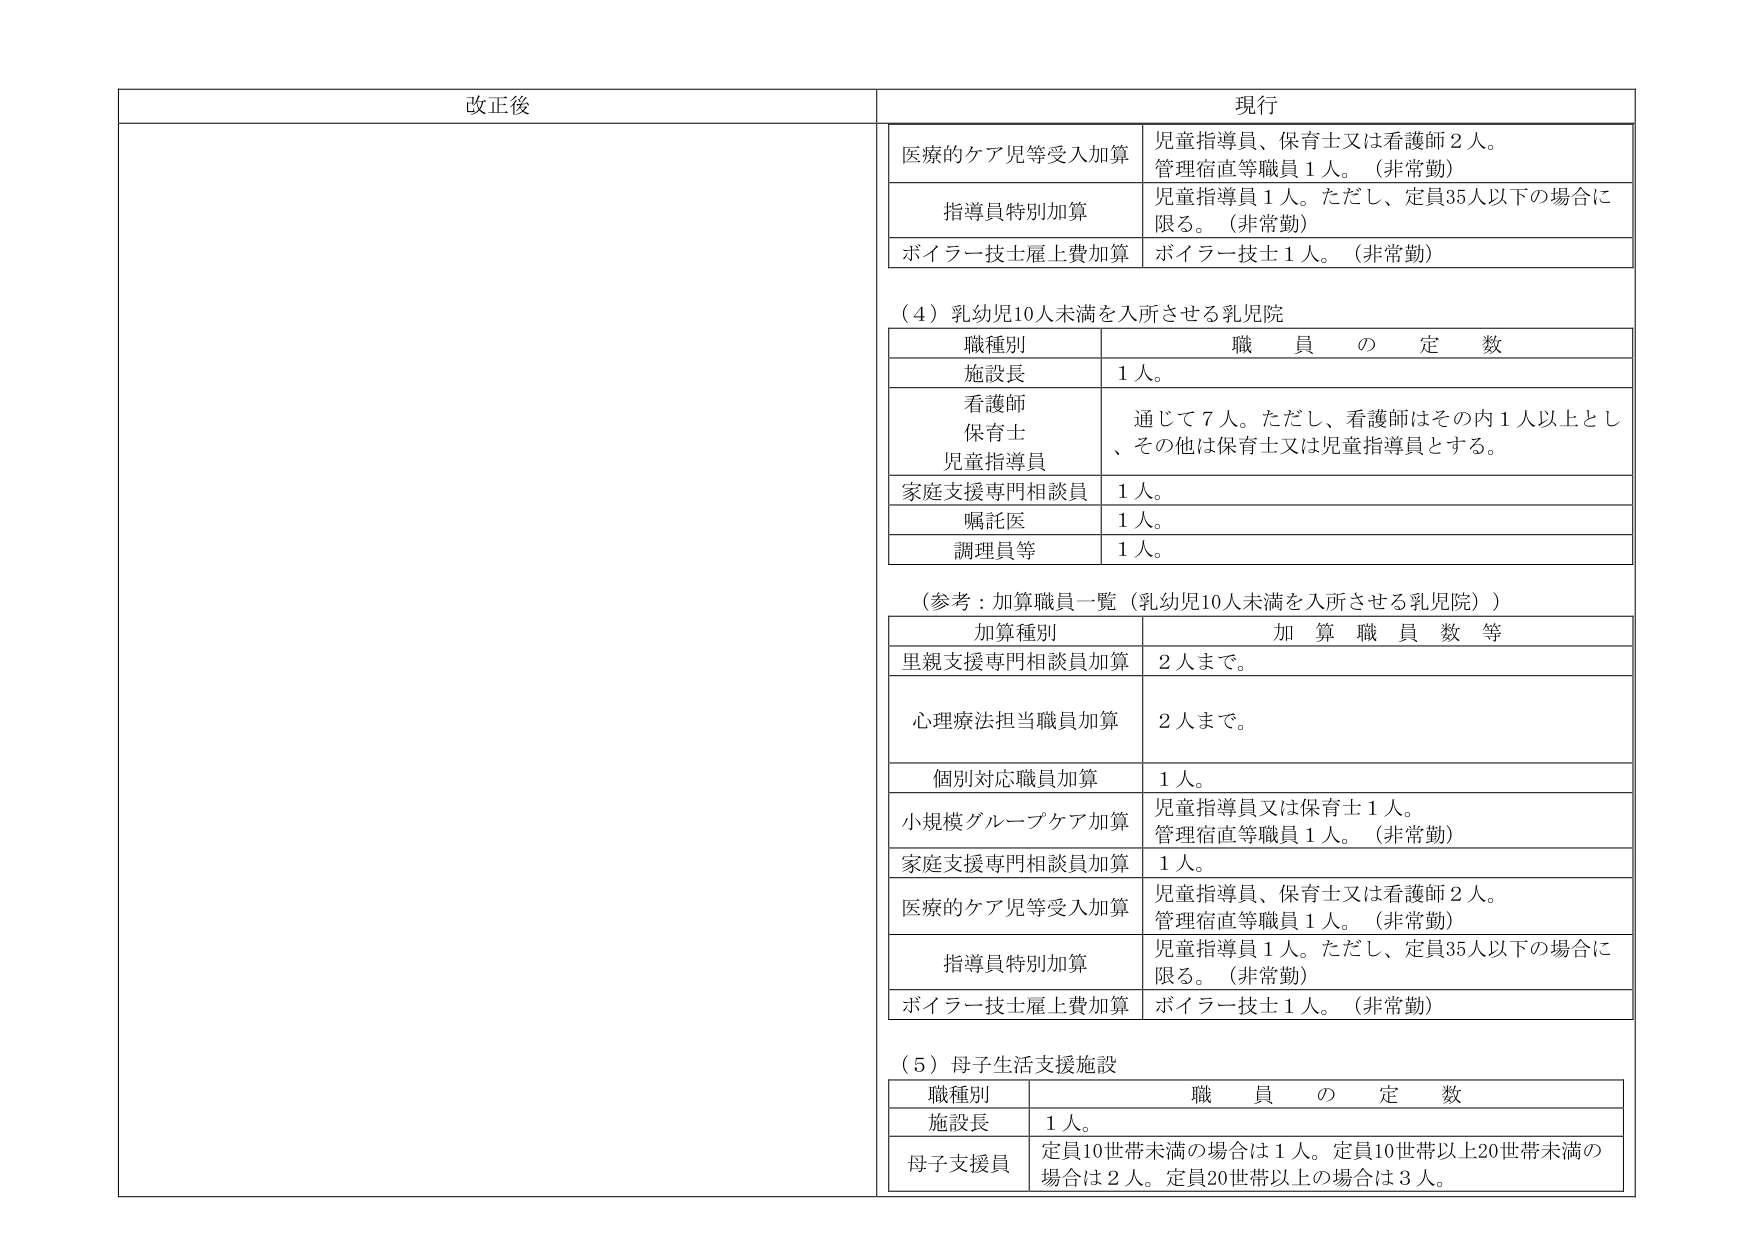
改正後

現行

医療的ケア児等受入加算　児童指導員、保育士又は看護師２人。管理宿直等職員１人。（非常勤）

指導員特別加算　児童指導員１人。ただし、定員35人以下の場合に限る。（非常勤）

ボイラー技士雇上費加算　ボイラー技士１人。（非常勤）

（４）乳幼児10人未満を入所させる乳児院

職種別　職員の定数

施設長　１人。

看護師
保育士
児童指導員　通じて７人。ただし、看護師はその内１人以上とし、その他は保育士又は児童指導員とする。

家庭支援専門相談員　１人。

嘱託医　１人。

調理員等　１人。

（参考：加算職員一覧（乳幼児10人未満を入所させる乳児院））

加算種別　加算職員数等

里親支援専門相談員加算　２人まで。

心理療法担当職員加算　２人まで。

個別対応職員加算　１人。

小規模グループケア加算　児童指導員又は保育士１人。管理宿直等職員１人。（非常勤）

家庭支援専門相談員加算　１人。

医療的ケア児等受入加算　児童指導員、保育士又は看護師２人。管理宿直等職員１人。（非常勤）

指導員特別加算　児童指導員１人。ただし、定員35人以下の場合に限る。（非常勤）

ボイラー技士雇上費加算　ボイラー技士１人。（非常勤）

（５）母子生活支援施設

職種別　職員の定数

施設長　１人。

母子支援員　定員10世帯未満の場合は１人。定員10世帯以上20世帯未満の場合は２人。定員20世帯以上の場合には３人。